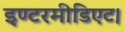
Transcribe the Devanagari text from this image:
इण्टरमीडिएट।